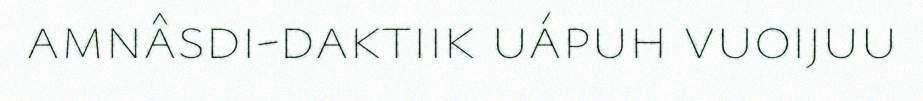
amnâsdi-daktiik uápuh vuoijuu